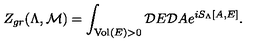
Z _ { g r } ( \Lambda , { \cal M } ) = \int _ { \mathrm { V o l } ( E ) > 0 } { \cal D } E { \cal D } A e ^ { i S _ { \Lambda } [ A , E ] } .